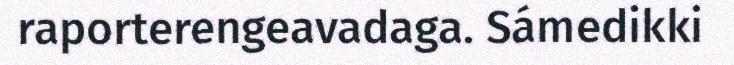
raporterengeavadaga. Sámedikki